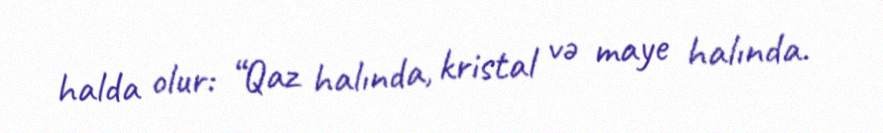
halda olur: “Qaz halında, kristal və maye halında.